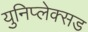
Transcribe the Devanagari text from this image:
युनिप्लेक्सड